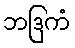
ဘဒြကံ